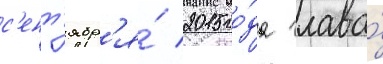
с'ент'ябр'я́ 2015 го́да глава́